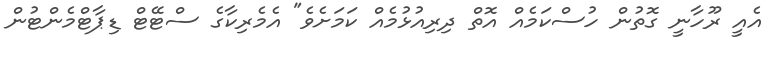
އެއީ ރޫހާނީ ގޮތުން ހުސްކަމެއް އޮތް ދިރިއުޅުމެއް ކަމަށެވެ" އެމެރިކާގެ ސްޓޭޓް ޑިޕާޓްމެންޓުން